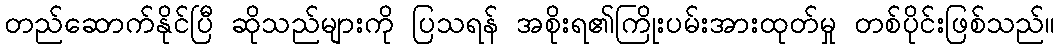
တည်ဆောက်နိုင်ပြီ ဆိုသည်များကို ပြသရန် အစိုးရ၏ကြိုးပမ်းအားထုတ်မှု တစ်ပိုင်းဖြစ်သည်။